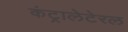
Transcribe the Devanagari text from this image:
कंट्रालेटेरल